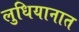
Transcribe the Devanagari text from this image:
लुधियानात